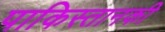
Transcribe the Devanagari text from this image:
पाकिस्तानकी